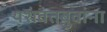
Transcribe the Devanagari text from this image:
यशंवंतबुवांना